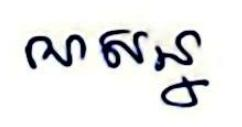
ណសន្ន